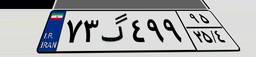
۹۷گ۴۰۲۵۴